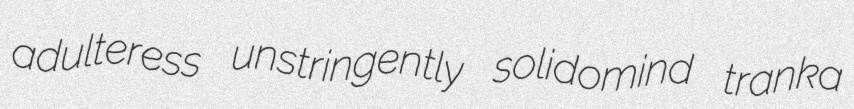
adulteress unstringently solidomind tranka